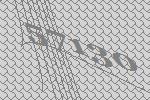
57130